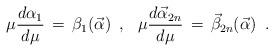
LaTeX: \begin{align*}\mu {d \alpha_{1} \over d \mu} \,=\, \beta_{1} ({\vec \alpha}) \,\,\, , \,\,\,\,\mu {d {\vec \alpha}_{2n} \over d \mu} \,=\,{\vec \beta}_{2n} ({\vec \alpha}) \,\,\,.\end{align*}